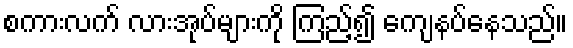
စကားလက် လားအုပ်များကို ကြည့်၍ ကျေနပ်နေသည်။